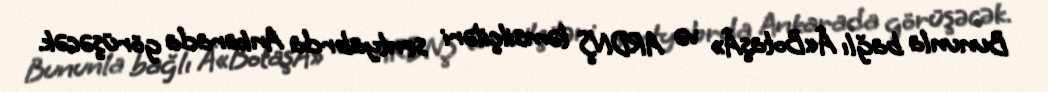
Bununla bağlı Â«BotaşÂ» və ARDNŞ təmsilçiləri sentyabrda Ankarada görüşəcək.